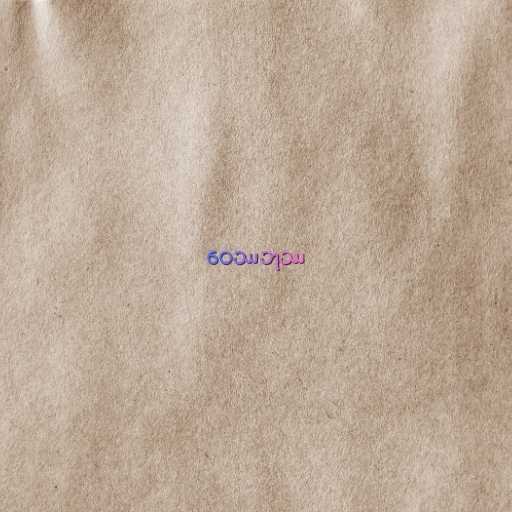
ဝေဿဘုဿ